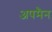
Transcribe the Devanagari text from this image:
अपमैन